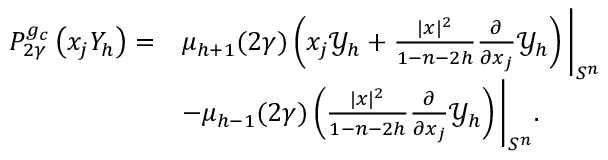
\begin{array} { r l } { P _ { 2 \gamma } ^ { g _ { c } } \left( x _ { j } Y _ { h } \right) = } & { \mu _ { h + 1 } ( 2 \gamma ) \left( x _ { j } \mathcal { Y } _ { h } + \frac { | x | ^ { 2 } } { 1 - n - 2 h } \frac { \partial } { \partial x _ { j } } \mathcal { Y } _ { h } \right) \bigg | _ { S ^ { n } } } \\ & { - \mu _ { h - 1 } ( 2 \gamma ) \left( \frac { | x | ^ { 2 } } { 1 - n - 2 h } \frac { \partial } { \partial x _ { j } } \mathcal { Y } _ { h } \right) \bigg | _ { S ^ { n } } . } \end{array}